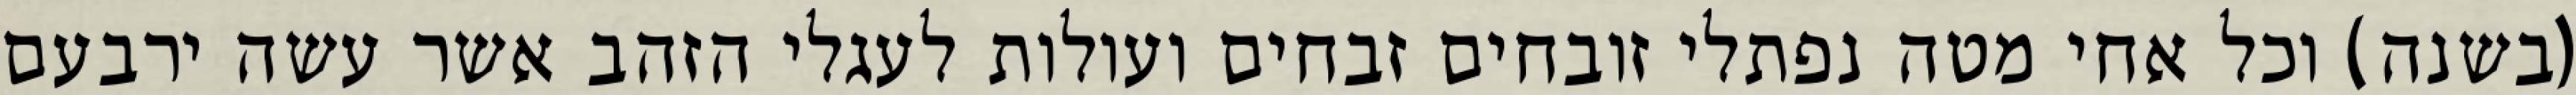
(בשנה) וכל אחי מטה נפתלי זובחים זבחים ועולות לעגלי הזהב אשר עשה ירבעם